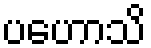
ပဟောသိ